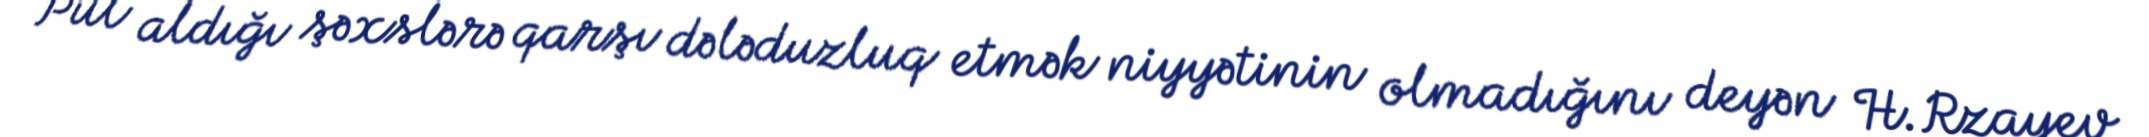
Pul aldığı şəxslərə qarşı dələduzluq etmək niyyətinin olmadığını deyən H.Rzayev